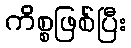
ကိစ္စဖြစ်ပြီး